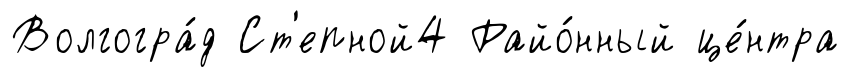
Волгогра́д Ст'епной4 Райо́нный це́нтра